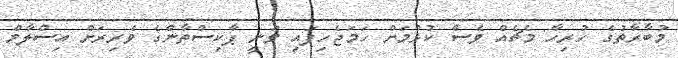
މުބާރާތުގެ ހުރިހާ މެޗެއް ވެސް ކުޅުމަށް ހަމަޖެހިފައި ވަނީ ޕާކިސްތާންގެ ވެރިރަށް އިސްލާމް